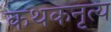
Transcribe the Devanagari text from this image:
कथकनृत्य